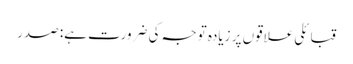
قبائلی علاقوں پر زیادہ توجہ کی ضرورت ہے: صدر